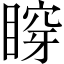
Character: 𥈹